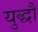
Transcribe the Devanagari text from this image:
युद्धौं